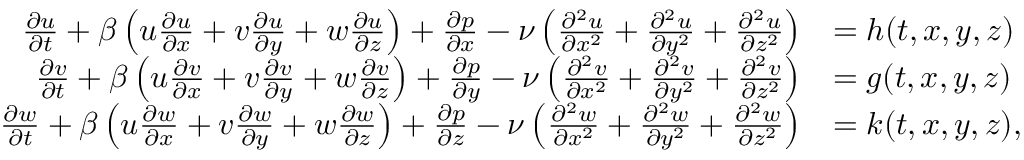
\begin{array} { r l } { \frac { \partial u } { \partial t } + \beta \left( u \frac { \partial u } { \partial x } + v \frac { \partial u } { \partial y } + w \frac { \partial u } { \partial z } \right) + \frac { \partial p } { \partial x } - \nu \left( \frac { \partial ^ { 2 } u } { \partial x ^ { 2 } } + \frac { \partial ^ { 2 } u } { \partial y ^ { 2 } } + \frac { \partial ^ { 2 } u } { \partial z ^ { 2 } } \right) } & { = h ( t , x , y , z ) } \\ { \frac { \partial v } { \partial t } + \beta \left( u \frac { \partial v } { \partial x } + v \frac { \partial v } { \partial y } + w \frac { \partial v } { \partial z } \right) + \frac { \partial p } { \partial y } - \nu \left( \frac { \partial ^ { 2 } v } { \partial x ^ { 2 } } + \frac { \partial ^ { 2 } v } { \partial y ^ { 2 } } + \frac { \partial ^ { 2 } v } { \partial z ^ { 2 } } \right) } & { = g ( t , x , y , z ) } \\ { \frac { \partial w } { \partial t } + \beta \left( u \frac { \partial w } { \partial x } + v \frac { \partial w } { \partial y } + w \frac { \partial w } { \partial z } \right) + \frac { \partial p } { \partial z } - \nu \left( \frac { \partial ^ { 2 } w } { \partial x ^ { 2 } } + \frac { \partial ^ { 2 } w } { \partial y ^ { 2 } } + \frac { \partial ^ { 2 } w } { \partial z ^ { 2 } } \right) } & { = k ( t , x , y , z ) , } \end{array}